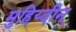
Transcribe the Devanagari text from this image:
मुहिय्दीन्